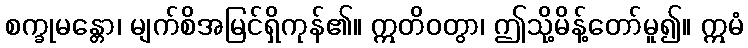
စက္ခုမန္တော၊ မျက်စိအမြင်ရှိကုန်၏။ ဣတိဝတွာ၊ ဤသို့မိန့်တော်မူ၍။ ဣမံ